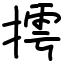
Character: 摴